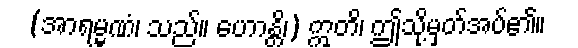
(အာရမ္မဏံ၊ သည်။ ဟောန္တိ၊) ဣတိ၊ ဤသို့မှတ်အပ်၏။